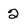
Character: 2